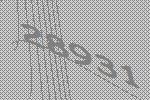
28931